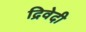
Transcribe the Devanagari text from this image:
द्रिवेदी